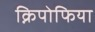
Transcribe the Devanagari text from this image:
क्निपोफिया